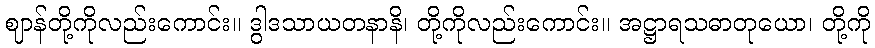
ဈာန်တို့ကိုလည်းကောင်း။ ဒွါဒသာယတနာနိ၊ တို့ကိုလည်းကောင်း။ အဋ္ဌာရသဓာတုယော၊ တို့ကို